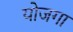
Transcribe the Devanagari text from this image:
योजगा